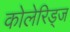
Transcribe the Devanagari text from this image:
कोलेरिड्ज